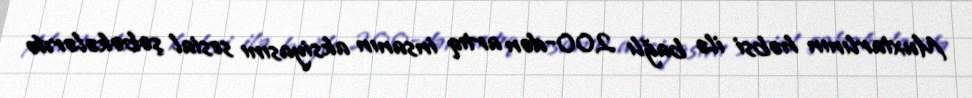
Muxtarlının həbsi ilə bağlı 200-dən artıq insanın aksiyasını sosial şəbəkələrdə